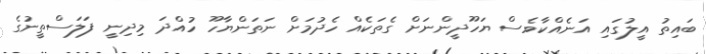
ބައިތު އީލުގައި އަނެއްކާވެސް ޔަހޫދީންނަށް ގެތަކެއް ހެދުމަށް ނަތަންޔާހޫ ހުއްދަ މިދިނީ ފަލަސްތީނުގެ